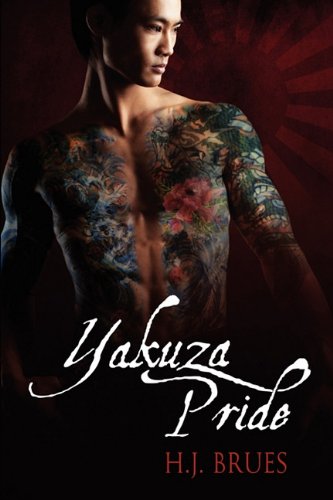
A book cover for Yakuza Pride; H. J. Brues; Romance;